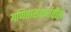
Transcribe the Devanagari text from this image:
गणितासंदर्भातील